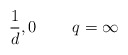
\begin{align*}\frac{1}{d},0\,\,\,\,\,\,\,\,\,\,\,\,\,q=\infty\end{align*}